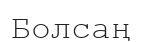
Болсаң